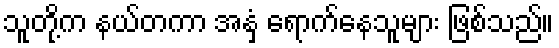
သူတို့က နယ်တကာ အနှံ့ ရောက်နေသူများ ဖြစ်သည်။